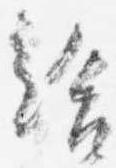
給